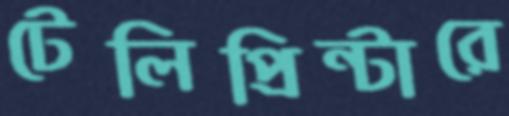
টেলিপ্রিন্টারে